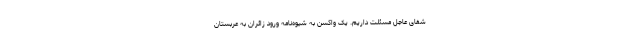
شفای عاجل مسئلت داریم. یک واکسن به شیوه‌نامه ورود زائران به عربستان